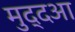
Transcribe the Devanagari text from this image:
मुद्दआ